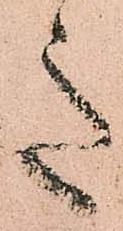
意